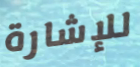
للإشارة